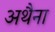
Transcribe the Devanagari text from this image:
अथैना